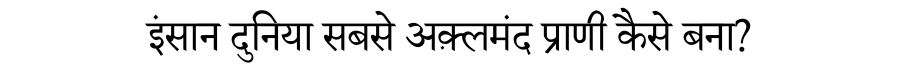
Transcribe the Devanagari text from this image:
इंसान दुनिया सबसे अक़्लमंद प्राणी कैसे बना?